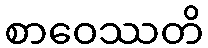
စာဝေဿတိ